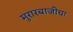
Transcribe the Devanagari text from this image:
मुरारबाजीचा